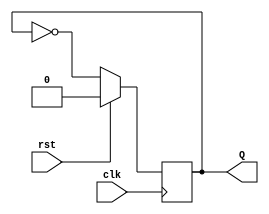
`timescale 1ns / 1ps
//////////////////////////////////////////////////////////////////////////////////
// Company: 
// Engineer: 
// 
// Design Name: 
// Module Name:    FF_T 
// Project Name: 
// Target Devices: 
// Tool versions: 
// Description: 
//
// Dependencies: 
//
// Revision: 
// Revision 0.01 - File Created
// Additional Comments: 
//
//////////////////////////////////////////////////////////////////////////////////
module FF_T(clk, rst, Q);

	input wire clk;
	input wire rst;
	output reg Q = 0;
	
	always @(posedge clk) begin
      if (rst) begin
         Q <= 1'b0;
      end else begin
         Q <= ~Q;
      end
	end


endmodule